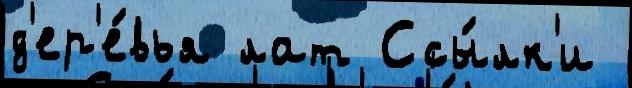
д'ер'е́вья лат Ссы́лк'и